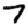
Digit: 7